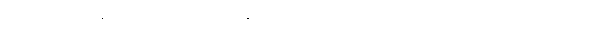
စကားမစပ် ကျွန်တော့်ရဲ့ လျှပ်စစ် မုတ်ဆိတ် ရိတ် စက် ကွန်ပျူတာ အဲဒီလိုဟာ မျိုး သုံးလို့မလား။